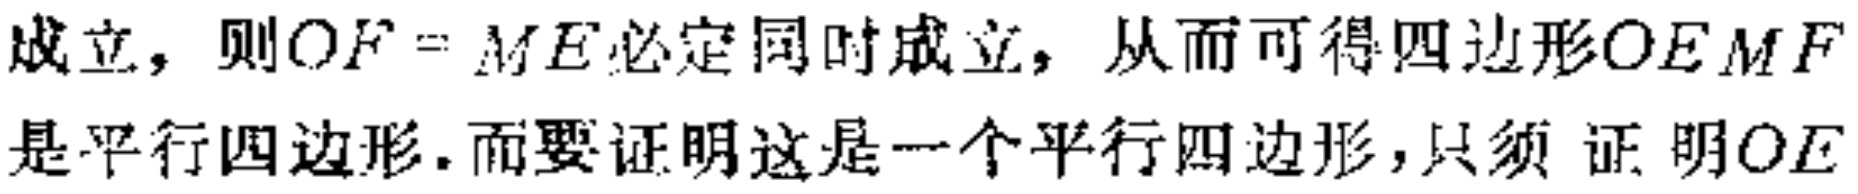
成立，则\(OF = ME\)必定同时成立，从而可得四边形\(OEMF\)是平行四边形.而要证明这是一个平行四边形，只须证明\(OE\)